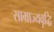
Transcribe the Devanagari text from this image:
साम्राज्यवृद्धि